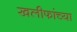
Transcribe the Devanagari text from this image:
खलीफांच्या